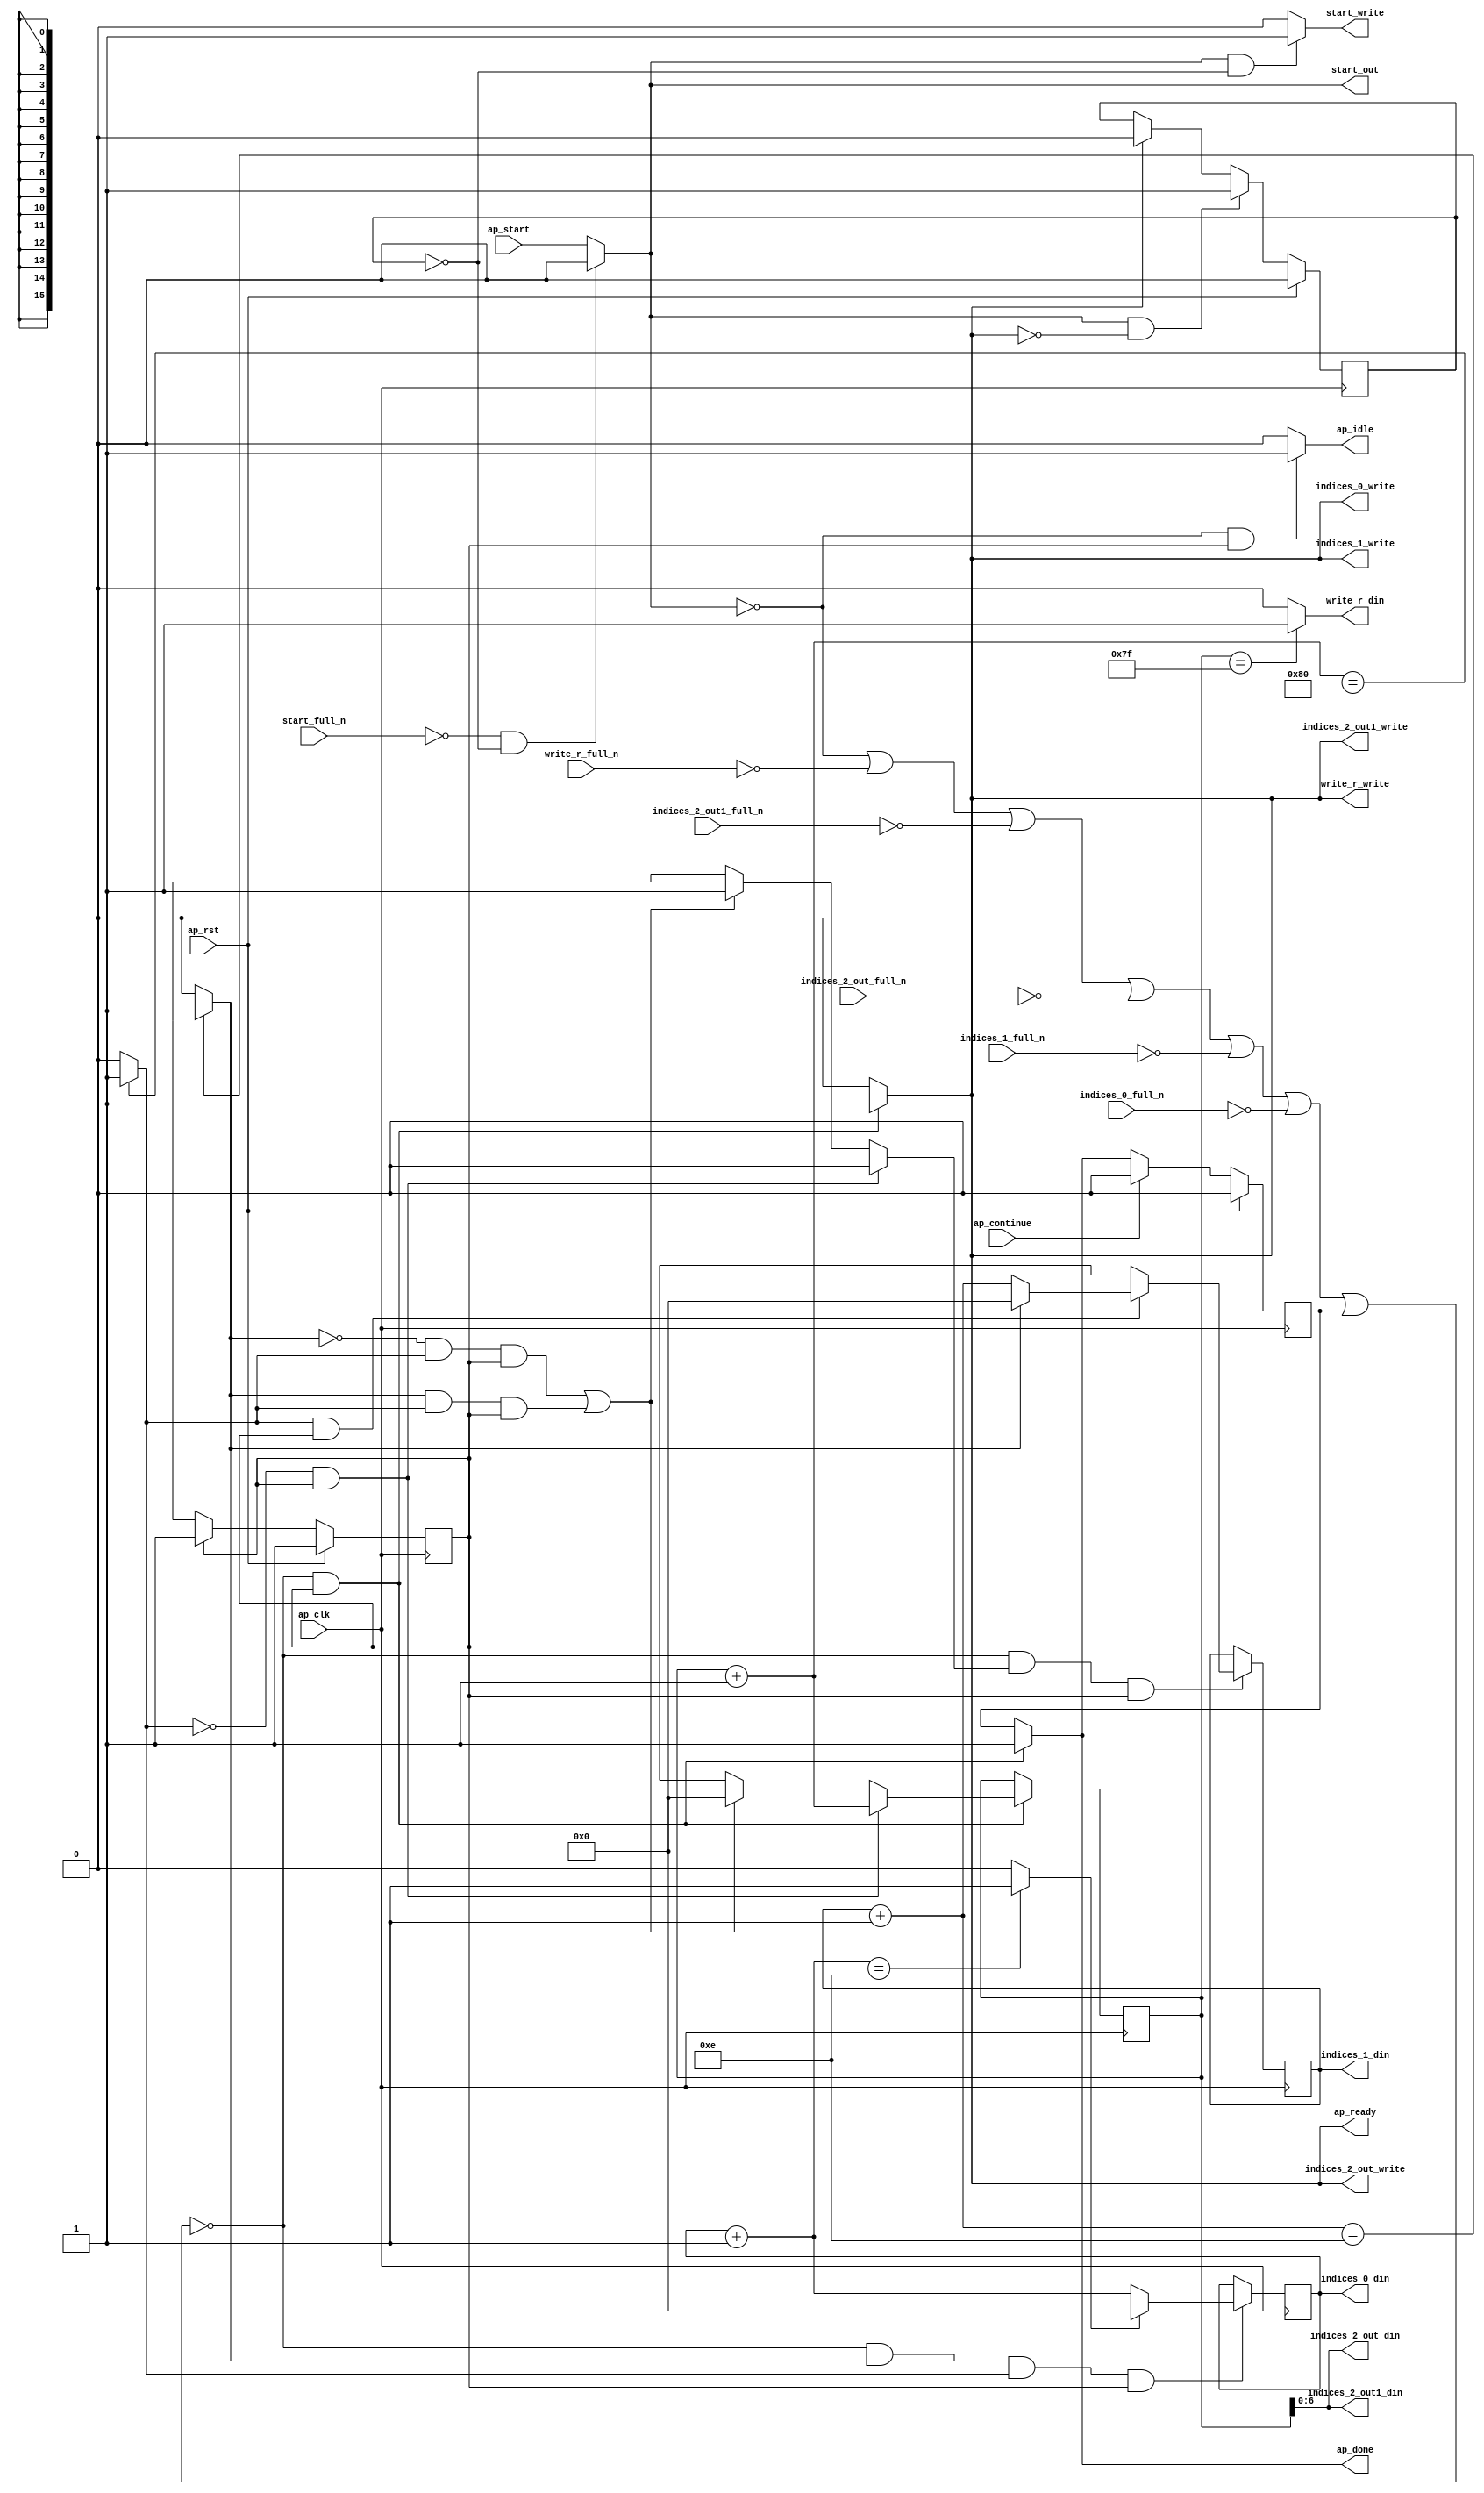
`define EXPONENT 5
`define MANTISSA 10
`define ACTUAL_MANTISSA 11
`define EXPONENT_LSB 10
`define EXPONENT_MSB 14
`define MANTISSA_LSB 0
`define MANTISSA_MSB 9
`define MANTISSA_MUL_SPLIT_LSB 3
`define MANTISSA_MUL_SPLIT_MSB 9
`define SIGN 1
`define SIGN_LOC 15
`define DWIDTH (`SIGN+`EXPONENT+`MANTISSA)
`define IEEE_COMPLIANCE 1

module td_fused_top_tdf10_get_next_ijk (
        ap_clk,
        ap_rst,
        ap_start,
        start_full_n,
        ap_done,
        ap_continue,
        ap_idle,
        ap_ready,
        start_out,
        start_write,
        indices_0_din,
        indices_0_full_n,
        indices_0_write,
        indices_1_din,
        indices_1_full_n,
        indices_1_write,
        indices_2_out_din,
        indices_2_out_full_n,
        indices_2_out_write,
        indices_2_out1_din,
        indices_2_out1_full_n,
        indices_2_out1_write,
        write_r_din,
        write_r_full_n,
        write_r_write
);

parameter    ap_ST_fsm_state1 = 1'd1;

input   ap_clk;
input   ap_rst;
input   ap_start;
input   start_full_n;
output   ap_done;
input   ap_continue;
output   ap_idle;
output   ap_ready;
output   start_out;
output   start_write;
output  [15:0] indices_0_din;
input   indices_0_full_n;
output   indices_0_write;
output  [15:0] indices_1_din;
input   indices_1_full_n;
output   indices_1_write;
output  [6:0] indices_2_out_din;
input   indices_2_out_full_n;
output   indices_2_out_write;
output  [6:0] indices_2_out1_din;
input   indices_2_out1_full_n;
output   indices_2_out1_write;
output   write_r_din;
input   write_r_full_n;
output   write_r_write;

reg ap_done;
reg ap_idle;
reg start_write;
reg indices_0_write;
reg indices_1_write;
reg indices_2_out_write;
reg indices_2_out1_write;
reg write_r_write;

reg    real_start;
reg    start_once_reg;
reg    ap_done_reg;
  reg   [0:0] ap_CS_fsm;
wire    ap_CS_fsm_state1;
reg    internal_ap_ready;
reg   [15:0] i_10;
reg   [15:0] j_10;
reg   [15:0] k_10;
reg    indices_0_blk_n;
reg    indices_1_blk_n;
reg    indices_2_out_blk_n;
reg    indices_2_out1_blk_n;
reg    write_r_blk_n;
reg   [0:0] ap_phi_mux_j_19_flag_0_i_phi_fu_90_p6;
reg    ap_block_state1;
wire   [0:0] icmp_ln227_fu_161_p2;
wire   [0:0] icmp_ln230_fu_174_p2;
reg   [15:0] ap_phi_mux_j_19_new_0_i_phi_fu_104_p6;
wire   [15:0] add_ln229_fu_167_p2;
reg   [15:0] ap_phi_mux_k_19_new_0_i_phi_fu_117_p6;
wire   [15:0] add_ln226_fu_154_p2;
wire   [15:0] select_ln233_fu_192_p3;
wire   [6:0] trunc_ln224_fu_141_p1;
wire   [15:0] add_ln232_fu_180_p2;
wire   [0:0] icmp_ln233_fu_186_p2;
reg   [0:0] ap_NS_fsm;
wire    ap_ce_reg;

// power-on initialization
initial begin
#0 start_once_reg = 1'b0;
#0 ap_done_reg = 1'b0;
#0 ap_CS_fsm = 1'd1;
#0 i_10 = 16'd0;
#0 j_10 = 16'd0;
#0 k_10 = 16'd0;
end

always @ (posedge ap_clk) begin
    if (ap_rst == 1'b1) begin
        ap_CS_fsm <= ap_ST_fsm_state1;
    end else begin
        ap_CS_fsm <= ap_NS_fsm;
    end
end

always @ (posedge ap_clk) begin
    if (ap_rst == 1'b1) begin
        ap_done_reg <= 1'b0;
    end else begin
        if ((ap_continue == 1'b1)) begin
            ap_done_reg <= 1'b0;
        end else if ((~((real_start == 1'b0) | (write_r_full_n == 1'b0) | (indices_2_out1_full_n == 1'b0) | (indices_2_out_full_n == 1'b0) | (indices_1_full_n == 1'b0) | (indices_0_full_n == 1'b0) | (ap_done_reg == 1'b1)) & (1'b1 == ap_CS_fsm_state1))) begin
            ap_done_reg <= 1'b1;
        end
    end
end

always @ (posedge ap_clk) begin
    if (ap_rst == 1'b1) begin
        start_once_reg <= 1'b0;
    end else begin
        if (((real_start == 1'b1) & (internal_ap_ready == 1'b0))) begin
            start_once_reg <= 1'b1;
        end else if ((internal_ap_ready == 1'b1)) begin
            start_once_reg <= 1'b0;
        end
    end
end

always @ (posedge ap_clk) begin
    if ((~((real_start == 1'b0) | (write_r_full_n == 1'b0) | (indices_2_out1_full_n == 1'b0) | (indices_2_out_full_n == 1'b0) | (indices_1_full_n == 1'b0) | (indices_0_full_n == 1'b0) | (ap_done_reg == 1'b1)) & (icmp_ln230_fu_174_p2 == 1'd1) & (icmp_ln227_fu_161_p2 == 1'd1) & (1'b1 == ap_CS_fsm_state1))) begin
        i_10 <= select_ln233_fu_192_p3;
    end
end

always @ (posedge ap_clk) begin
    if ((~((real_start == 1'b0) | (write_r_full_n == 1'b0) | (indices_2_out1_full_n == 1'b0) | (indices_2_out_full_n == 1'b0) | (indices_1_full_n == 1'b0) | (indices_0_full_n == 1'b0) | (ap_done_reg == 1'b1)) & (ap_phi_mux_j_19_flag_0_i_phi_fu_90_p6 == 1'd1) & (1'b1 == ap_CS_fsm_state1))) begin
        j_10 <= ap_phi_mux_j_19_new_0_i_phi_fu_104_p6;
    end
end

always @ (posedge ap_clk) begin
    if ((~((real_start == 1'b0) | (write_r_full_n == 1'b0) | (indices_2_out1_full_n == 1'b0) | (indices_2_out_full_n == 1'b0) | (indices_1_full_n == 1'b0) | (indices_0_full_n == 1'b0) | (ap_done_reg == 1'b1)) & (1'b1 == ap_CS_fsm_state1))) begin
        k_10 <= ap_phi_mux_k_19_new_0_i_phi_fu_117_p6;
    end
end

always @ (*) begin
    if ((~((real_start == 1'b0) | (write_r_full_n == 1'b0) | (indices_2_out1_full_n == 1'b0) | (indices_2_out_full_n == 1'b0) | (indices_1_full_n == 1'b0) | (indices_0_full_n == 1'b0) | (ap_done_reg == 1'b1)) & (1'b1 == ap_CS_fsm_state1))) begin
        ap_done = 1'b1;
    end else begin
        ap_done = ap_done_reg;
    end
end

always @ (*) begin
    if (((real_start == 1'b0) & (1'b1 == ap_CS_fsm_state1))) begin
        ap_idle = 1'b1;
    end else begin
        ap_idle = 1'b0;
    end
end

always @ (*) begin
    if (((icmp_ln227_fu_161_p2 == 1'd0) & (1'b1 == ap_CS_fsm_state1))) begin
        ap_phi_mux_j_19_flag_0_i_phi_fu_90_p6 = 1'd0;
    end else if ((((icmp_ln230_fu_174_p2 == 1'd0) & (icmp_ln227_fu_161_p2 == 1'd1) & (1'b1 == ap_CS_fsm_state1)) | ((icmp_ln230_fu_174_p2 == 1'd1) & (icmp_ln227_fu_161_p2 == 1'd1) & (1'b1 == ap_CS_fsm_state1)))) begin
        ap_phi_mux_j_19_flag_0_i_phi_fu_90_p6 = 1'd1;
    end else begin
        ap_phi_mux_j_19_flag_0_i_phi_fu_90_p6 = 'bx;
    end
end

always @ (*) begin
    if (((icmp_ln227_fu_161_p2 == 1'd1) & (1'b1 == ap_CS_fsm_state1))) begin
        if ((icmp_ln230_fu_174_p2 == 1'd0)) begin
            ap_phi_mux_j_19_new_0_i_phi_fu_104_p6 = add_ln229_fu_167_p2;
        end else if ((icmp_ln230_fu_174_p2 == 1'd1)) begin
            ap_phi_mux_j_19_new_0_i_phi_fu_104_p6 = 16'd0;
        end else begin
            ap_phi_mux_j_19_new_0_i_phi_fu_104_p6 = 'bx;
        end
    end else begin
        ap_phi_mux_j_19_new_0_i_phi_fu_104_p6 = 'bx;
    end
end

always @ (*) begin
    if (((icmp_ln227_fu_161_p2 == 1'd0) & (1'b1 == ap_CS_fsm_state1))) begin
        ap_phi_mux_k_19_new_0_i_phi_fu_117_p6 = add_ln226_fu_154_p2;
    end else if ((((icmp_ln230_fu_174_p2 == 1'd0) & (icmp_ln227_fu_161_p2 == 1'd1) & (1'b1 == ap_CS_fsm_state1)) | ((icmp_ln230_fu_174_p2 == 1'd1) & (icmp_ln227_fu_161_p2 == 1'd1) & (1'b1 == ap_CS_fsm_state1)))) begin
        ap_phi_mux_k_19_new_0_i_phi_fu_117_p6 = 16'd0;
    end else begin
        ap_phi_mux_k_19_new_0_i_phi_fu_117_p6 = 'bx;
    end
end

always @ (*) begin
    if ((~((real_start == 1'b0) | (ap_done_reg == 1'b1)) & (1'b1 == ap_CS_fsm_state1))) begin
        indices_0_blk_n = indices_0_full_n;
    end else begin
        indices_0_blk_n = 1'b1;
    end
end

always @ (*) begin
    if ((~((real_start == 1'b0) | (write_r_full_n == 1'b0) | (indices_2_out1_full_n == 1'b0) | (indices_2_out_full_n == 1'b0) | (indices_1_full_n == 1'b0) | (indices_0_full_n == 1'b0) | (ap_done_reg == 1'b1)) & (1'b1 == ap_CS_fsm_state1))) begin
        indices_0_write = 1'b1;
    end else begin
        indices_0_write = 1'b0;
    end
end

always @ (*) begin
    if ((~((real_start == 1'b0) | (ap_done_reg == 1'b1)) & (1'b1 == ap_CS_fsm_state1))) begin
        indices_1_blk_n = indices_1_full_n;
    end else begin
        indices_1_blk_n = 1'b1;
    end
end

always @ (*) begin
    if ((~((real_start == 1'b0) | (write_r_full_n == 1'b0) | (indices_2_out1_full_n == 1'b0) | (indices_2_out_full_n == 1'b0) | (indices_1_full_n == 1'b0) | (indices_0_full_n == 1'b0) | (ap_done_reg == 1'b1)) & (1'b1 == ap_CS_fsm_state1))) begin
        indices_1_write = 1'b1;
    end else begin
        indices_1_write = 1'b0;
    end
end

always @ (*) begin
    if ((~((real_start == 1'b0) | (ap_done_reg == 1'b1)) & (1'b1 == ap_CS_fsm_state1))) begin
        indices_2_out1_blk_n = indices_2_out1_full_n;
    end else begin
        indices_2_out1_blk_n = 1'b1;
    end
end

always @ (*) begin
    if ((~((real_start == 1'b0) | (write_r_full_n == 1'b0) | (indices_2_out1_full_n == 1'b0) | (indices_2_out_full_n == 1'b0) | (indices_1_full_n == 1'b0) | (indices_0_full_n == 1'b0) | (ap_done_reg == 1'b1)) & (1'b1 == ap_CS_fsm_state1))) begin
        indices_2_out1_write = 1'b1;
    end else begin
        indices_2_out1_write = 1'b0;
    end
end

always @ (*) begin
    if ((~((real_start == 1'b0) | (ap_done_reg == 1'b1)) & (1'b1 == ap_CS_fsm_state1))) begin
        indices_2_out_blk_n = indices_2_out_full_n;
    end else begin
        indices_2_out_blk_n = 1'b1;
    end
end

always @ (*) begin
    if ((~((real_start == 1'b0) | (write_r_full_n == 1'b0) | (indices_2_out1_full_n == 1'b0) | (indices_2_out_full_n == 1'b0) | (indices_1_full_n == 1'b0) | (indices_0_full_n == 1'b0) | (ap_done_reg == 1'b1)) & (1'b1 == ap_CS_fsm_state1))) begin
        indices_2_out_write = 1'b1;
    end else begin
        indices_2_out_write = 1'b0;
    end
end

always @ (*) begin
    if ((~((real_start == 1'b0) | (write_r_full_n == 1'b0) | (indices_2_out1_full_n == 1'b0) | (indices_2_out_full_n == 1'b0) | (indices_1_full_n == 1'b0) | (indices_0_full_n == 1'b0) | (ap_done_reg == 1'b1)) & (1'b1 == ap_CS_fsm_state1))) begin
        internal_ap_ready = 1'b1;
    end else begin
        internal_ap_ready = 1'b0;
    end
end

always @ (*) begin
    if (((start_full_n == 1'b0) & (start_once_reg == 1'b0))) begin
        real_start = 1'b0;
    end else begin
        real_start = ap_start;
    end
end

always @ (*) begin
    if (((real_start == 1'b1) & (start_once_reg == 1'b0))) begin
        start_write = 1'b1;
    end else begin
        start_write = 1'b0;
    end
end

always @ (*) begin
    if ((~((real_start == 1'b0) | (ap_done_reg == 1'b1)) & (1'b1 == ap_CS_fsm_state1))) begin
        write_r_blk_n = write_r_full_n;
    end else begin
        write_r_blk_n = 1'b1;
    end
end

always @ (*) begin
    if ((~((real_start == 1'b0) | (write_r_full_n == 1'b0) | (indices_2_out1_full_n == 1'b0) | (indices_2_out_full_n == 1'b0) | (indices_1_full_n == 1'b0) | (indices_0_full_n == 1'b0) | (ap_done_reg == 1'b1)) & (1'b1 == ap_CS_fsm_state1))) begin
        write_r_write = 1'b1;
    end else begin
        write_r_write = 1'b0;
    end
end

always @ (*) begin
    case (ap_CS_fsm)
        ap_ST_fsm_state1 : begin
            ap_NS_fsm = ap_ST_fsm_state1;
        end
        default : begin
            ap_NS_fsm = 'bx;
        end
    endcase
end

assign add_ln226_fu_154_p2 = (k_10 + 16'd1);

assign add_ln229_fu_167_p2 = (j_10 + 16'd1);

assign add_ln232_fu_180_p2 = (i_10 + 16'd1);

assign ap_CS_fsm_state1 = ap_CS_fsm[32'd0];

always @ (*) begin
    ap_block_state1 = ((real_start == 1'b0) | (write_r_full_n == 1'b0) | (indices_2_out1_full_n == 1'b0) | (indices_2_out_full_n == 1'b0) | (indices_1_full_n == 1'b0) | (indices_0_full_n == 1'b0) | (ap_done_reg == 1'b1));
end

assign ap_ready = internal_ap_ready;

assign icmp_ln227_fu_161_p2 = ((add_ln226_fu_154_p2 == 16'd128) ? 1'b1 : 1'b0);

assign icmp_ln230_fu_174_p2 = ((add_ln229_fu_167_p2 == 16'd14) ? 1'b1 : 1'b0);

assign icmp_ln233_fu_186_p2 = ((add_ln232_fu_180_p2 == 16'd14) ? 1'b1 : 1'b0);

assign indices_0_din = i_10;

assign indices_1_din = j_10;

assign indices_2_out1_din = trunc_ln224_fu_141_p1;

assign indices_2_out_din = trunc_ln224_fu_141_p1;

assign select_ln233_fu_192_p3 = ((icmp_ln233_fu_186_p2[0:0] == 1'b1) ? 16'd0 : add_ln232_fu_180_p2);

assign start_out = real_start;

assign trunc_ln224_fu_141_p1 = k_10[6:0];

assign write_r_din = ((k_10 == 16'd127) ? 1'b1 : 1'b0);

endmodule //td_fused_top_tdf10_get_next_ijk